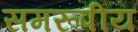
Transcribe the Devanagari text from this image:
समरूपीय